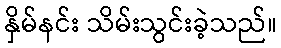
နှိမ်နင်း သိမ်းသွင်းခဲ့သည်။